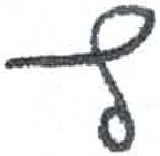
אות: ץ